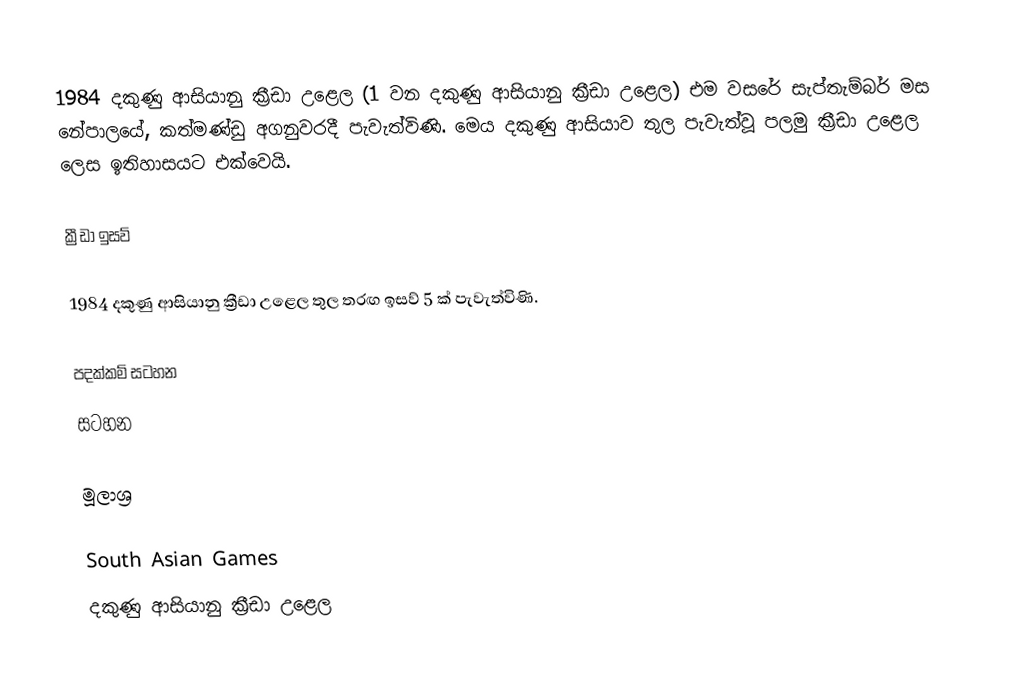
1984 දකුණු ආසියානු ක්‍රීඩා උළෙල (1 වන දකුණු ආසියානු ක්‍රීඩා උළෙල) එම වසරේ සැප්තැම්බර් මස නේපාලයේ, කත්මණ්ඩු අගනුවරදී පැවැත්විණි. මෙය දකුණු ආසියාව තුල පැවැත්වූ පලමු ක්‍රීඩා උළෙල ලෙස ඉතිහාසයට එක්වෙයි.

ක්‍රීඩා ඉසව්

1984 දකුණු ආසියානු ක්‍රීඩා උළෙල තුල තරඟ ඉසව් 5 ක් පැවැත්විණි.

පදක්කම් සටහන
සටහන

මූලාශ්‍ර

South Asian Games
දකුණු ආසියානු ක්‍රීඩා උළෙල